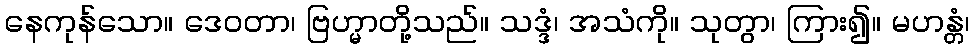
နေကုန်သော။ ဒေဝတာ၊ ဗြဟ္မာတို့သည်။ သဒ္ဒံ၊ အသံကို။ သုတွာ၊ ကြား၍။ မဟန္တံ၊